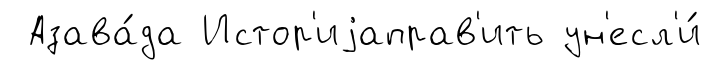
Азава́да Истор'иjаправ'ить ун'есл'и́